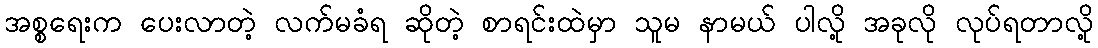
အစ္စရေးက ပေးလာတဲ့ လက်မခံရ ဆိုတဲ့ စာရင်းထဲမှာ သူမ နာမယ် ပါလို့ အခုလို လုပ်ရတာလို့